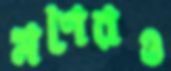
মণেরও